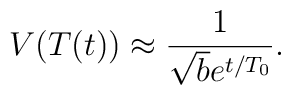
V(T(t)) \approx \frac{1}{\sqrt{b} e^{t/T_0}}.